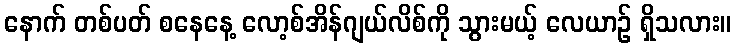
နောက် တစ်ပတ် စနေနေ့ လော့စ်အိန်ဂျယ်လိစ်ကို သွားမယ့် လေယာဉ် ရှိသလား။